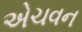
એચવન